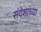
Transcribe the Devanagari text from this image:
संदेशांच्या